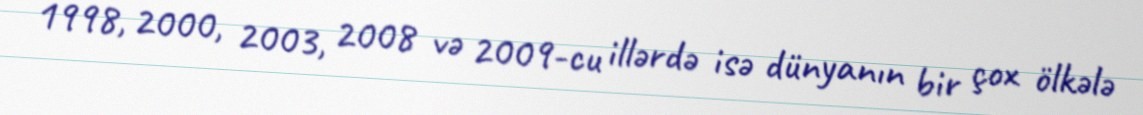
1998, 2000, 2003, 2008 və 2009-cu illərdə isə dünyanın bir çox ölkələ